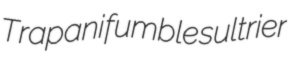
Trapani fumble sultrier